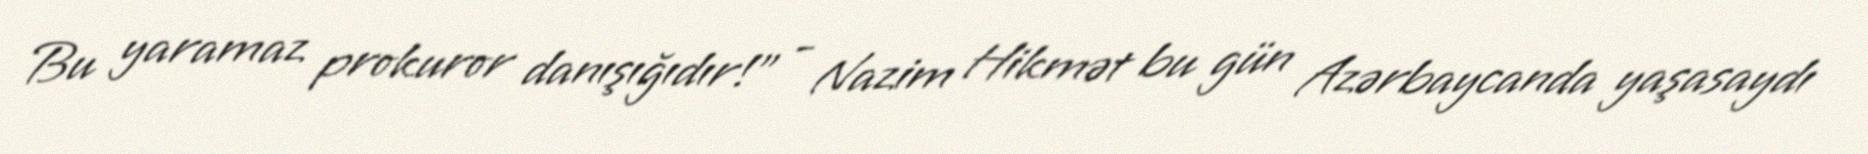
Bu yaramaz prokuror danışığıdır!” - Nazim Hikmət bu gün Azərbaycanda yaşasaydı